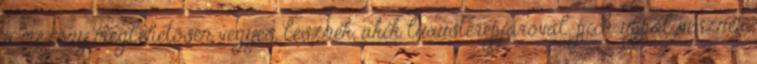
a mezőny meglehetősen vegyes, lesznek, akik luxusterepjáróval, pick-uppal vesznek